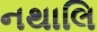
નથાલિ